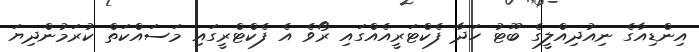
އިންޑިއާގެ ނިއުދިއްލީގެ ބޫޓު ހަދާ ފެކްޓަރީއެއްގައި ރޯވެ އެ ފެކްޓްރީގައި މަސައްކަތް ކުރަމުންދިޔަ